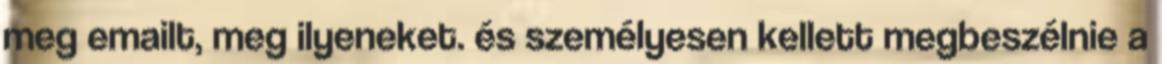
meg emailt, meg ilyeneket. és személyesen kellett megbeszélnie a